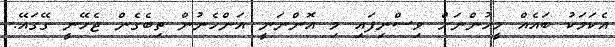
އެކަމަކު ބައެއް މީހުންނަށް ވިސްނިފައި މި އޮންނަނީ އަންހެނުން ތިބެގެން ޖެހޭނީ ގޭގައޭ.